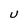
Character: U